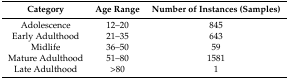
<table><thead><tr><td><b>Category</b></td><td><b>Age Range</b></td><td><b>Number of Instances (Samples)</b></td></tr></thead><tbody><tr><td>Adolescence</td><td>12–20</td><td>845</td></tr><tr><td>Early Adulthood</td><td>21–35</td><td>643</td></tr><tr><td>Midlife</td><td>36–50</td><td>59</td></tr><tr><td>Mature Adulthood</td><td>51–80</td><td>1581</td></tr><tr><td>Late Adulthood</td><td>&gt;80</td><td>1</td></tr></tbody></table>